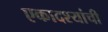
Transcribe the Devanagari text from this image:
एकादश्यांची